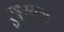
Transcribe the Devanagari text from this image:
एइरयम